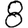
Digit: 8